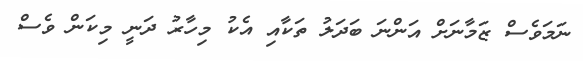
ނަމަވެސް ޒަމާނަށް އަންނަ ބަދަލު ތަކާއި އެކު މިހާރު ދަނީ މިކަން ވެސް